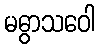
မဓွာသဝေါ